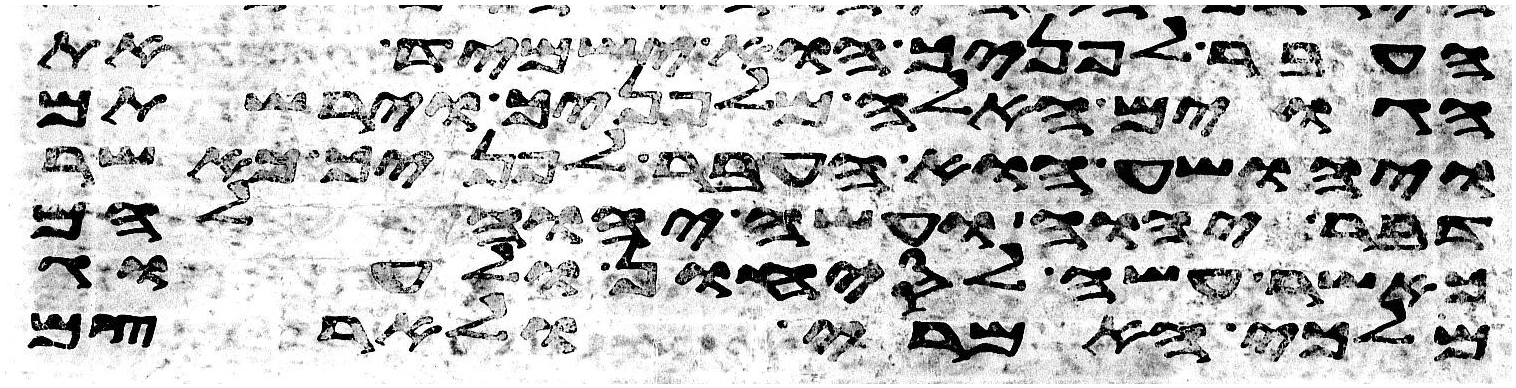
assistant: העבר לפניך הוא ישמיד את
הגוים האלה מלפניך וירשתם
ויהושע הוא העבר לפניך כאשר
דבר יהוה ועשה יהוה להם
כאשר עשה לסיחון ולעוג
מלכי האמרי ולארצם